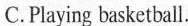
C.Playing basketball.